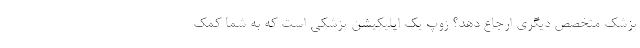
پزشک متخصص دیگری ارجاع دهد؟ زوپ یک اپلیکیشن پزشکی است که به شما کمک